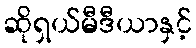
ဆိုရှယ်မီဒီယာနှင့်